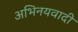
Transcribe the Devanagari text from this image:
अभिनयवादी